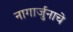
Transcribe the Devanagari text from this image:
नागार्जुनाचे